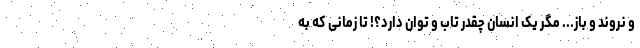
و نروند و باز... مگر یک انسان چقدر تاب و توان دارد؟! تا زمانی که به